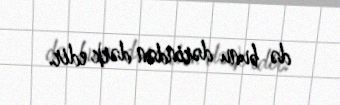
də bunu dərindən dərk edir.